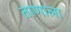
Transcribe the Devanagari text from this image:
ताणाला